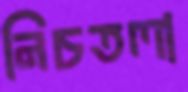
নিচতলা